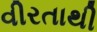
વીરતાથી